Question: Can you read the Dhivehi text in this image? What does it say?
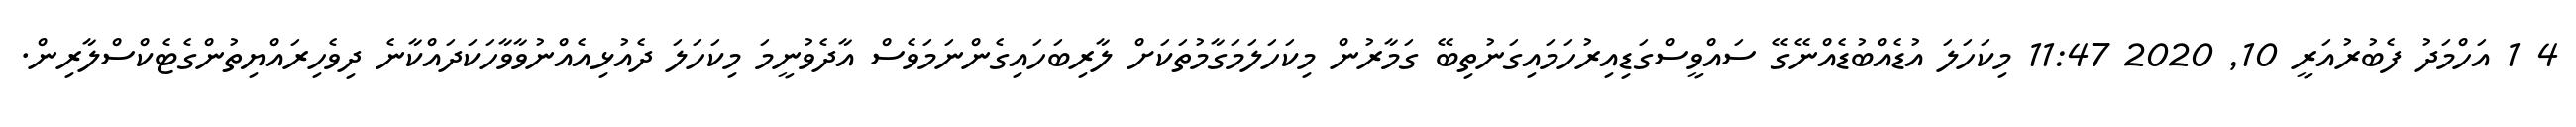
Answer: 4 1 އަހްމަދު ފެބުރުއަރީ 10, 2020 11:47 މިކަހަލަ އުޑެއްބުޑެއްނޭގޭ ސައްވީސްގަޑިއިރުހަމައިގަނުތިބޭ ގަމާރުން މިކަހަލަމަގާމުތަކަށް ލާރިބަހައިގެންނަމަވެސް އާދެވުނީމަ މިކަހަލަ ދެއުޅިއެއްނުވާވާހަކަދައްކާނެ ދިވެހިރައްޔިތުންގެޓެކްސްލާރިން.